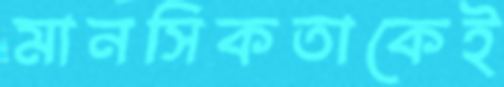
মানসিকতাকেই